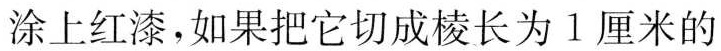
涂上红漆，如果把它切成棱长为1厘米的?